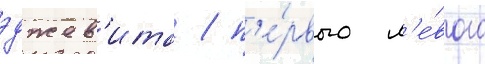
эджев'ита / п'е́рвого л'е́вого